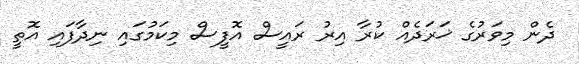
ދެން މިވަރުގެ ޚަރަދެއް ކުރާ އިރު ރައީސް އޮފީސް މިކަމުގައި ނިދާފައި އޮތީ